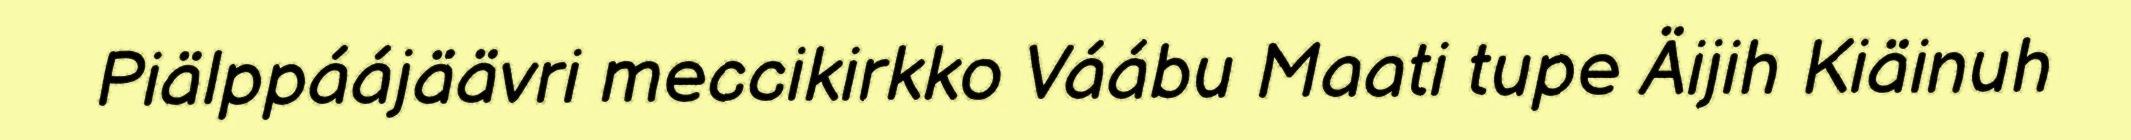
Piälppáájäävri meccikirkko Váábu Maati tupe Äijih Kiäinuh